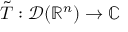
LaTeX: { \tilde { T } } : { \mathcal { D } } ( \mathbb { R } ^ { n } ) \to \mathbb { C }